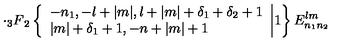
\cdot { _ 3 F } _ { 2 } \left\{ \begin{array} { l } { - n _ { 1 } , - l + | m | , l + | m | + \delta _ { 1 } + \delta _ { 2 } + 1 } \\ { | m | + \delta _ { 1 } + 1 , - n + | m | + 1 } \\ \end{array} \biggr | 1 \right\} E _ { n _ { 1 } n _ { 2 } } ^ { l m }